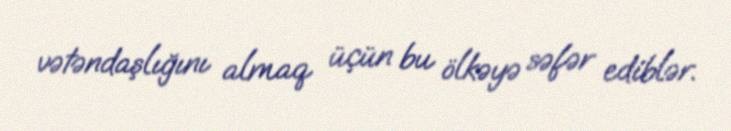
vətəndaşlığını almaq üçün bu ölkəyə səfər ediblər.